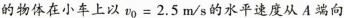
的物体在小车上以$$v _ { 0 } = 2 . 5 m / s$$的水平速度从A端向